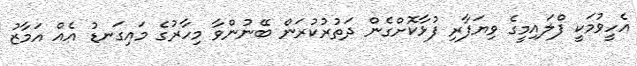
އެހީވުމަކީ ފްލައިމީގެ ވިޔަފާރި ފުޅާކޮށްގެން ދަތުރުކުރަން ބޭނުންވާ މިހާރުގެ މައިގަނޑު އެއް އަމާޒު